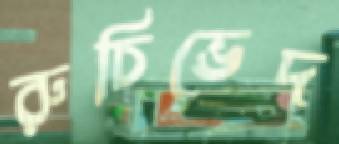
রুচিভেদ